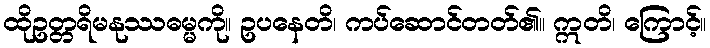
ထိုဥတ္တရိမနုဿဓမ္မကို။ ဥပနေတိ၊ ကပ်ဆောင်တတ်၏။ ဣတိ၊ ကြောင့်။